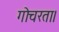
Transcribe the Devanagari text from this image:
गोचरता।